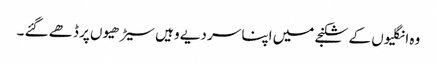
وہ انگلیوں کے شکنجے میں اپنا سر دیے وہیں سیڑھیوں پر ڈھے گئے ۔